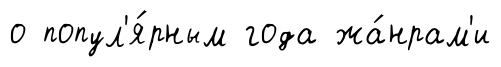
о попул'я́рным года жа́нрам'и